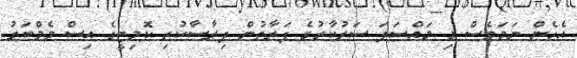
އެހެން ނަމަވެސް މި މައްސަލަ ސަރުކާރުގެ ފަރާތުން ދިރާސާކުރި ކޮމިޓީގެ އިސް މެމްބަރު